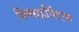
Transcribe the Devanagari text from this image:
विक्सहौसिउम